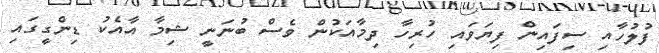
ފުލުހާއި ސިފައިން ފިޔަވައި ހުރިހާ ދިމާއަކުން ވެސް ބުނަނީ ޝިމާ އާއެކު ޑިންގީގައި